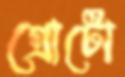
গ্রোটো